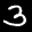
Label: 3